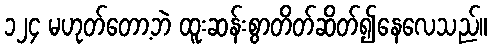
၁၂၄ မဟုတ်တော့ဘဲ ထူးဆန်းစွာတိတ်ဆိတ်၍နေလေသည်။